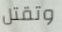
وتقتل